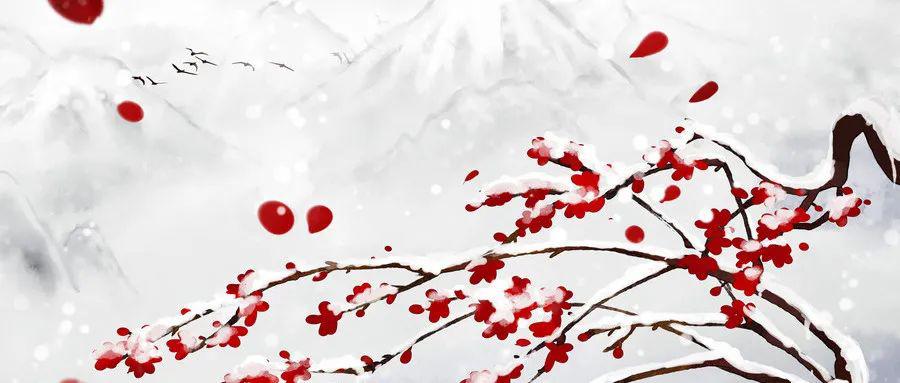
醉折残梅一两枝，不妨桃李自逢时。